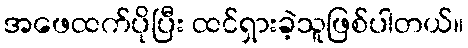
အဖေထက်ပိုပြီး ထင်ရှားခဲ့သူဖြစ်ပါတယ်။